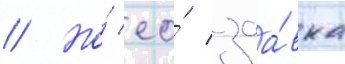
// Но́ ео́ заа́вка